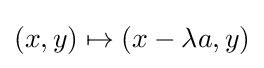
(x,y)\mapsto (x-\lambda a,y)